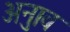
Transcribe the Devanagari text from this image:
अनुाव